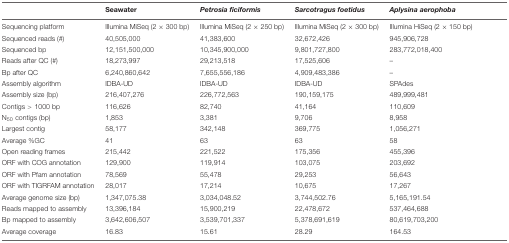
<table><thead><tr><td></td><td><b>Seawater</b></td><td><b><i>Petrosia ficiformis</i></b></td><td><b><i>Sarcotragus foetidus</i></b></td><td><b><i>Aplysina aerophoba</i></b></td></tr></thead><tbody><tr><td>Sequencing platform</td><td>Illumina MiSeq (2 × 300 bp)</td><td>Illumina MiSeq (2 × 250 bp)</td><td>Illumina MiSeq (2 × 300 bp)</td><td>Illumina HiSeq (2 × 150 bp)</td></tr><tr><td>Sequenced reads (#)</td><td>40,505,000</td><td>41,383,600</td><td>32,672,426</td><td>945,906,728</td></tr><tr><td>Sequenced bp</td><td>12,151,500,000</td><td>10,345,900,000</td><td>9,801,727,800</td><td>283,772,018,400</td></tr><tr><td>Reads after QC (#)</td><td>18,273,997</td><td>29,213,518</td><td>17,525,606</td><td>–</td></tr><tr><td>Bp after QC</td><td>6,240,860,642</td><td>7,655,556,186</td><td>4,909,483,386</td><td>–</td></tr><tr><td>Assembly algorithm</td><td>IDBA-UD</td><td>IDBA-UD</td><td>IDBA-UD</td><td>SPAdes</td></tr><tr><td>Assembly size (bp)</td><td>216,407,276</td><td>226,772,563</td><td>190,159,175</td><td>489,999,481</td></tr><tr><td>Contigs &gt; 1000 bp</td><td>116,626</td><td>82,740</td><td>41,164</td><td>110,609</td></tr><tr><td>N<sub>50</sub> contigs (bp)</td><td>1,853</td><td>3,381</td><td>9,706</td><td>8,958</td></tr><tr><td>Largest contig</td><td>58,177</td><td>342,148</td><td>369,775</td><td>1,056,271</td></tr><tr><td>Average %GC</td><td>41</td><td>63</td><td>63</td><td>58</td></tr><tr><td>Open reading frames</td><td>215,442</td><td>221,522</td><td>175,356</td><td>455,396</td></tr><tr><td>ORF with COG annotation</td><td>129,900</td><td>119,914</td><td>103,075</td><td>203,692</td></tr><tr><td>ORF with Pfam annotation</td><td>78,569</td><td>55,478</td><td>29,253</td><td>56,643</td></tr><tr><td>ORF with TIGRFAM annotation</td><td>28,017</td><td>17,214</td><td>10,675</td><td>17,267</td></tr><tr><td>Average genome size (bp)</td><td>1,347,075.38</td><td>3,034,048.52</td><td>3,744,502.76</td><td>5,165,191.54</td></tr><tr><td>Reads mapped to assembly</td><td>13,396,184</td><td>15,900,219</td><td>22,478,672</td><td>537,464,688</td></tr><tr><td>Bp mapped to assembly</td><td>3,642,606,507</td><td>3,539,701,337</td><td>5,378,691,619</td><td>80,619,703,200</td></tr><tr><td>Average coverage</td><td>16.83</td><td>15.61</td><td>28.29</td><td>164.53</td></tr></tbody></table>